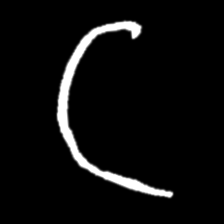
Pyu character \u2014 Myanmar letter: ဋ (romanized: tta)